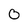
Character: 0